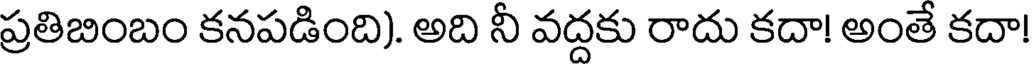
ప్రతిబింబం కనపడింది). అది నీ వద్దకు రాదు కదా! అంతే కదా